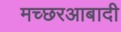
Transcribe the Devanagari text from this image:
मच्छरआबादी